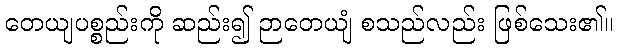
တေယျပစ္စည်းကို ဆည်း၍ ဉာတေယျံ စသည်လည်း ဖြစ်သေး၏။